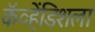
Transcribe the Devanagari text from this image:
कॅव्हेंडिशला